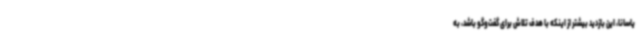
یاسانا، این بازدید بیشتر از اینکه با هدف تلاش برای گفت‌وگو باشد، به